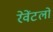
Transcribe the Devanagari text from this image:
रेवेंटलो